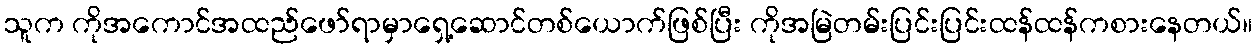
သူက ကိုအကောင်အထည်ဖော်ရာမှာရှေ့ဆောင်တစ်ယောက်ဖြစ်ပြီး ကိုအမြဲတမ်းပြင်းပြင်းထန်ထန်ကစားနေတယ်။